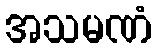
အသမဏံ